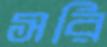
সরি